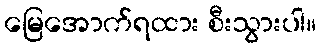
မြေအောက်ရထား စီးသွားပါ။